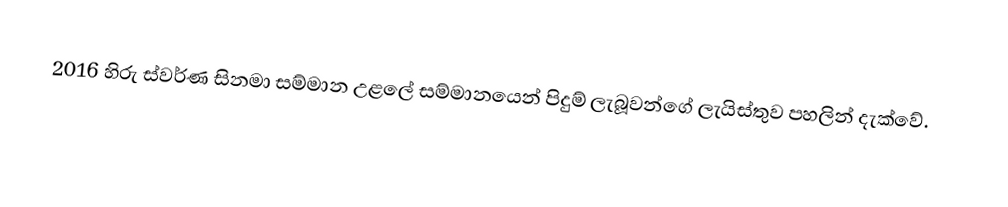
2016 හිරු ස්වර්ණ සිනමා සම්මාන උළලේ සම්මානයෙන් පිදුම් ලැබූවන්ගේ ලැයිස්තුව පහලින් දැක්වේ.